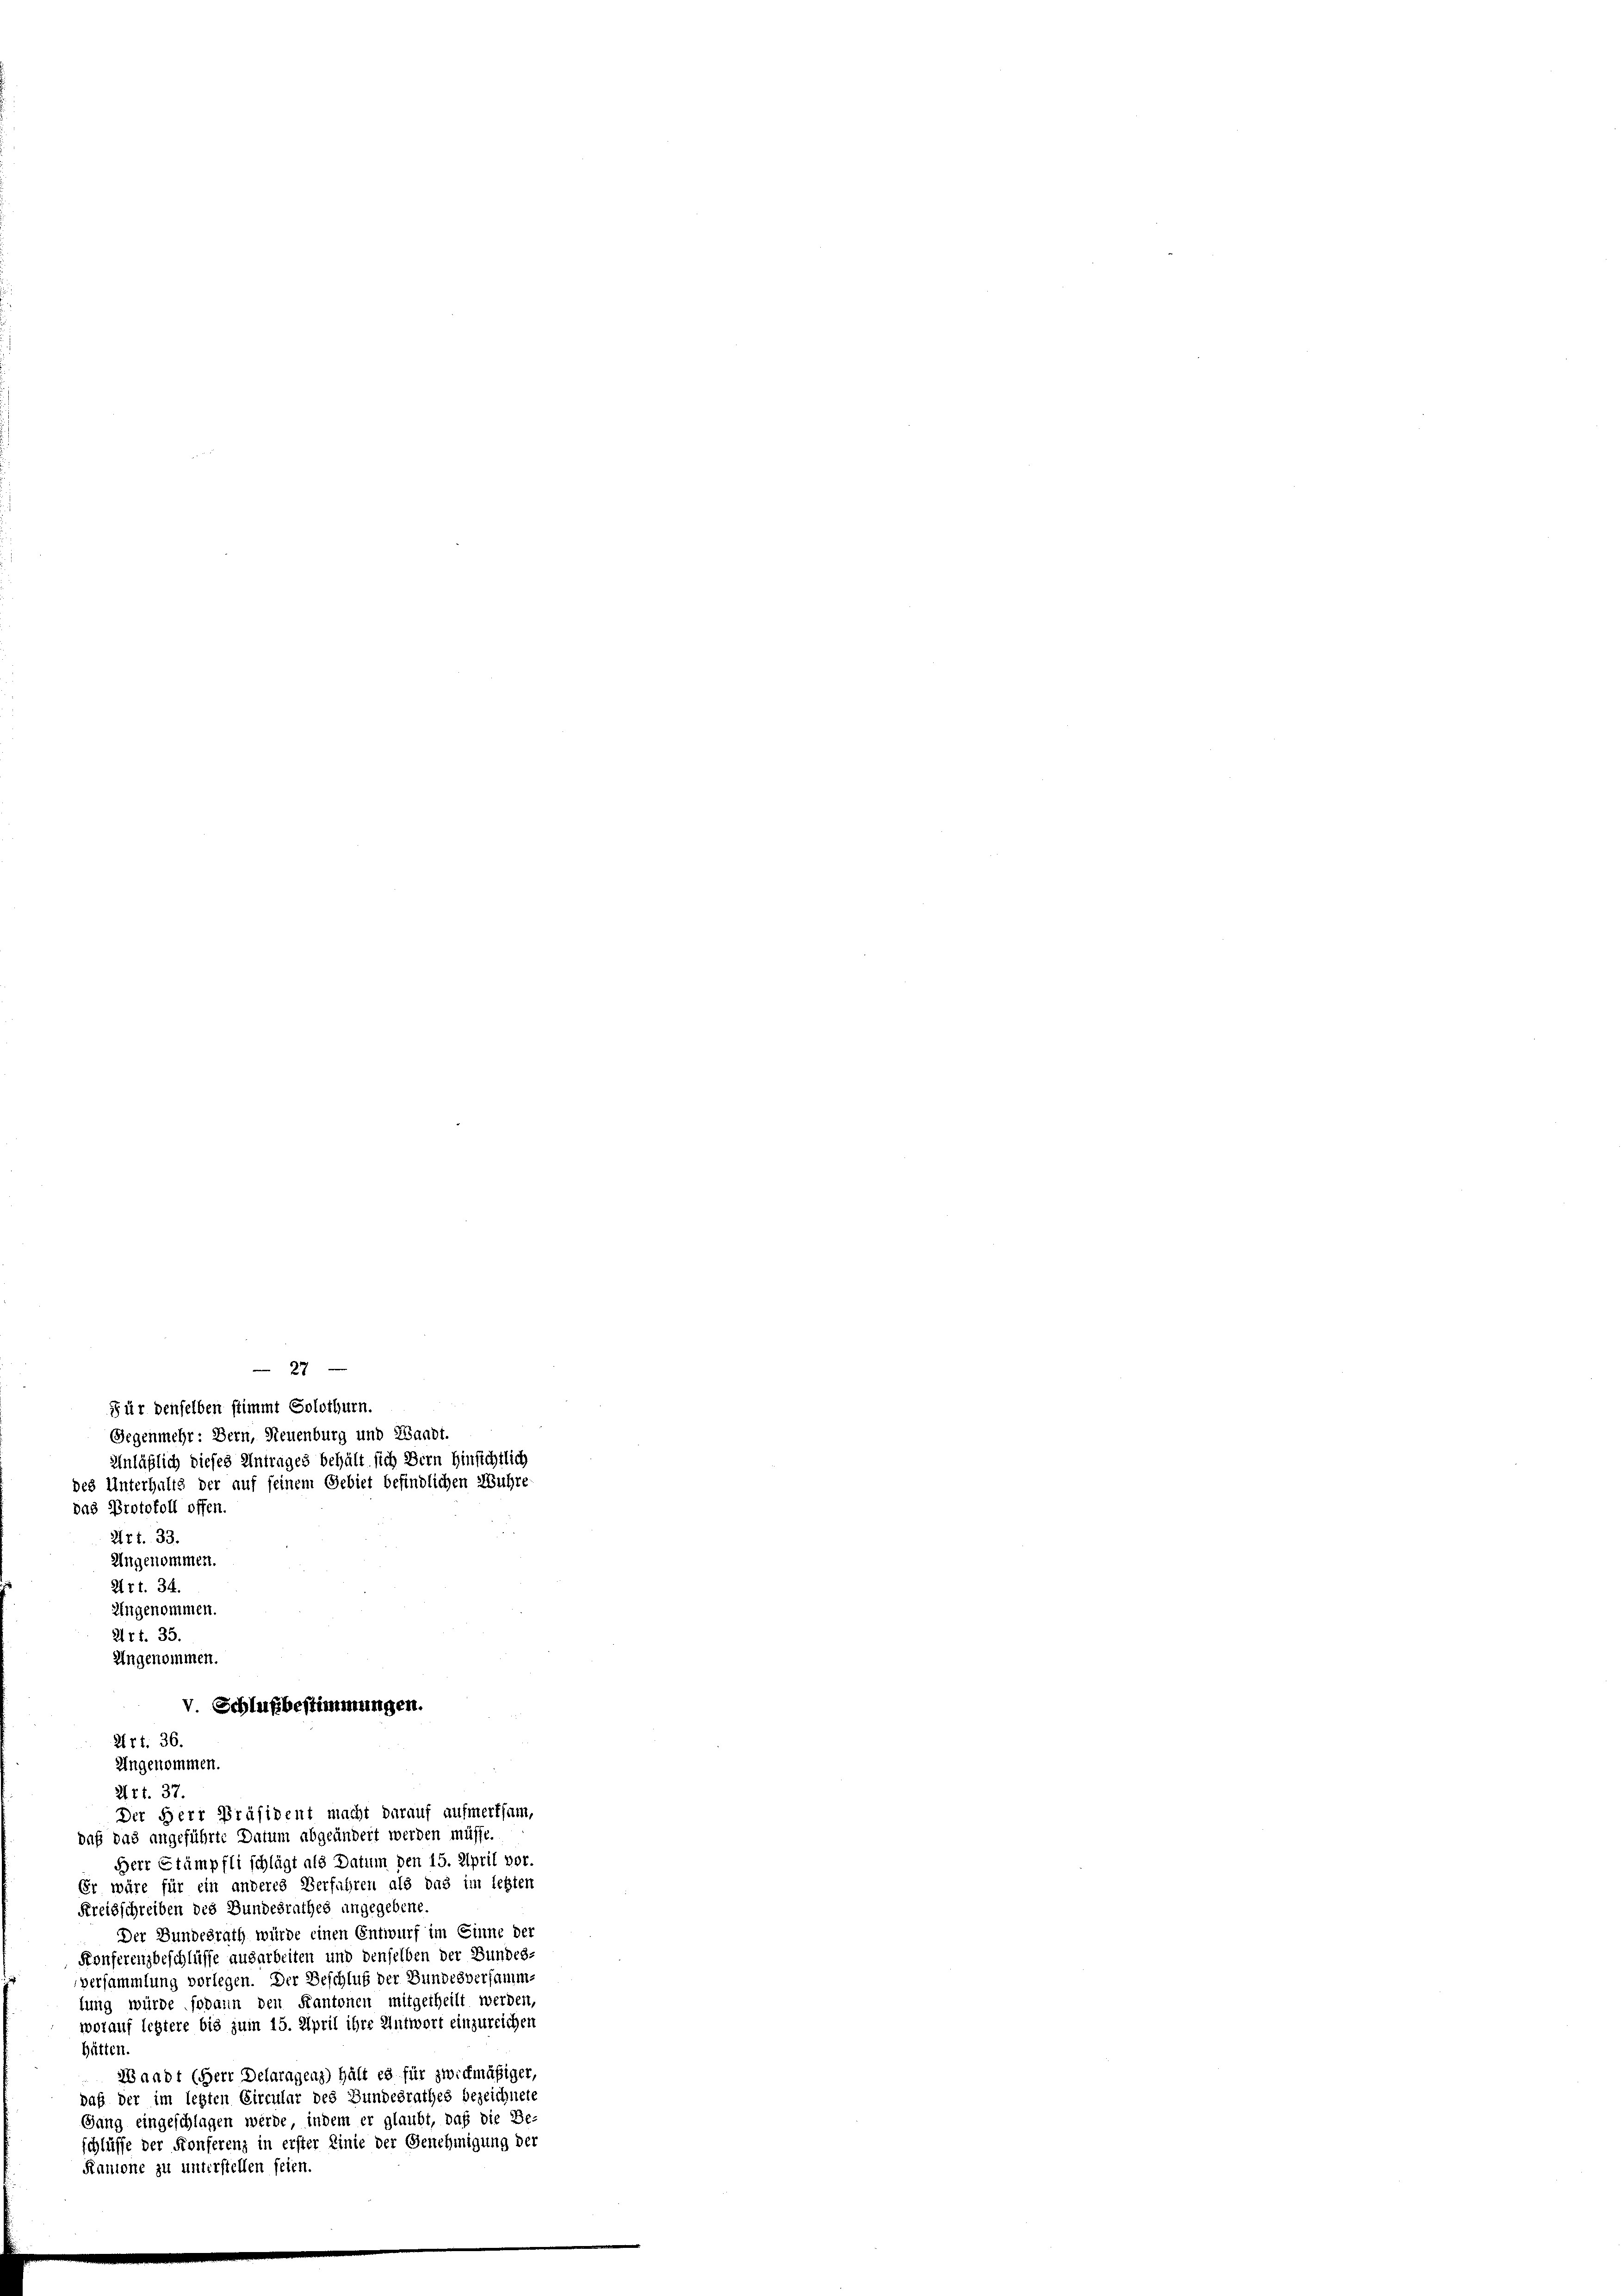
das Protokoll offen.
27t. 33.
Art. 34.
Ungenommen.
27 f. 35.
Ungenommen.
Art. 37.
Der Herr Präsident macht darauf aufmerksam,
daß das angeführte Datum abgeändert werden müsse.
Herr Stämpfli schlägt als Datum den 15. April vor.
Er wäre für ein anderes Verfahren als das im letzten
Kreisschreiben des Bundesrathes angegebene.
Der Bundesrath würde einen Entwurf im Einne der
Konferenzbeschlüsse ausarbeiten und denselben der Bundes
versammlung vorlegen. Der Beschluß der Bundesversamm-
lung würde sodann den Kantonen mitgetheilt werden,
worauf letztere bis zum 15. April ihre Antwort einzureichen
hätten.
Waadt (Herr Delargenz) hält es für zweckmäßiger,
daß der im letzten Circular des Bundesrathes bezeichnete
Gang eingeschlagen werde, indem er glaubt, daß die Be
chlüsse der Konferenz in erster Linie der Genehmigung der
Kantone zu unterstellen seien.

Gegenmehr: Bern, Neuenburg und Landt.
Unläßlich dieses Antrages behält sich Bern hinsichtlich
des Unterhalts der auf seinem Gebiet befindlichen Wuhre
Ungenommen.

v Schlußbestimmungen.
271. 36.
Ungenommen.

Für denselben stimmt Solothurn.

27